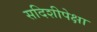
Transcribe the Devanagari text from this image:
सदिशीपेक्षा